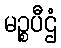
မဉ္စပီဌံ